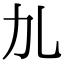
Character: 劜